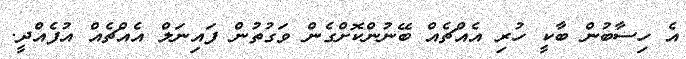
އެ ހިސާބުން ބާކީ ހުރި އެއްޗެއް ބޭނުންކޮށްގެން ވަގުތުން ފައިނަލް އެއްޗެއް އުފެއްދީ.